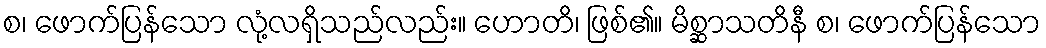
စ၊ ဖောက်ပြန်သော လုံ့လရှိသည်လည်း။ ဟောတိ၊ ဖြစ်၏။ မိစ္ဆာသတိနီ စ၊ ဖောက်ပြန်သော